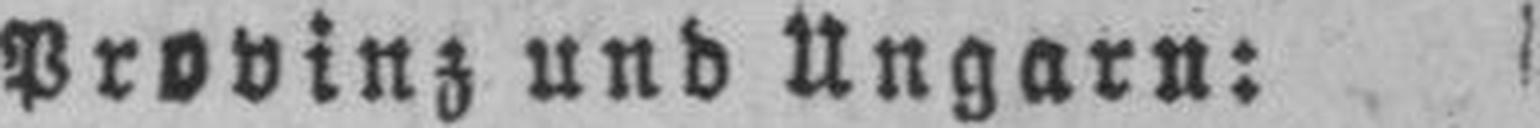
Provinz und Ungarn: